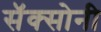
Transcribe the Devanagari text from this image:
सॅक्सोनी